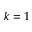
k = 1